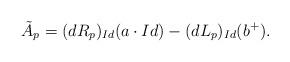
LaTeX: \begin{align*}\tilde{A}_{p}=(dR_{p})_{Id}(a\cdot Id)-(dL_{p})_{Id}(b^{+}).\end{align*}